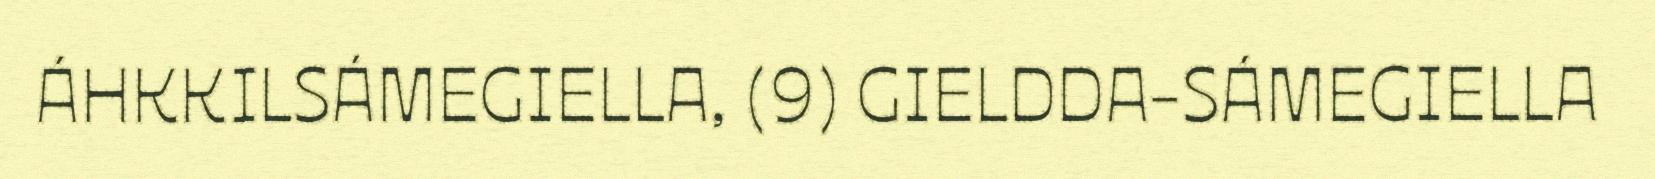
ÁHKKILSÁMEGIELLA, (9) GIELDDA-SÁMEGIELLA